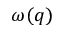
\omega ( q )